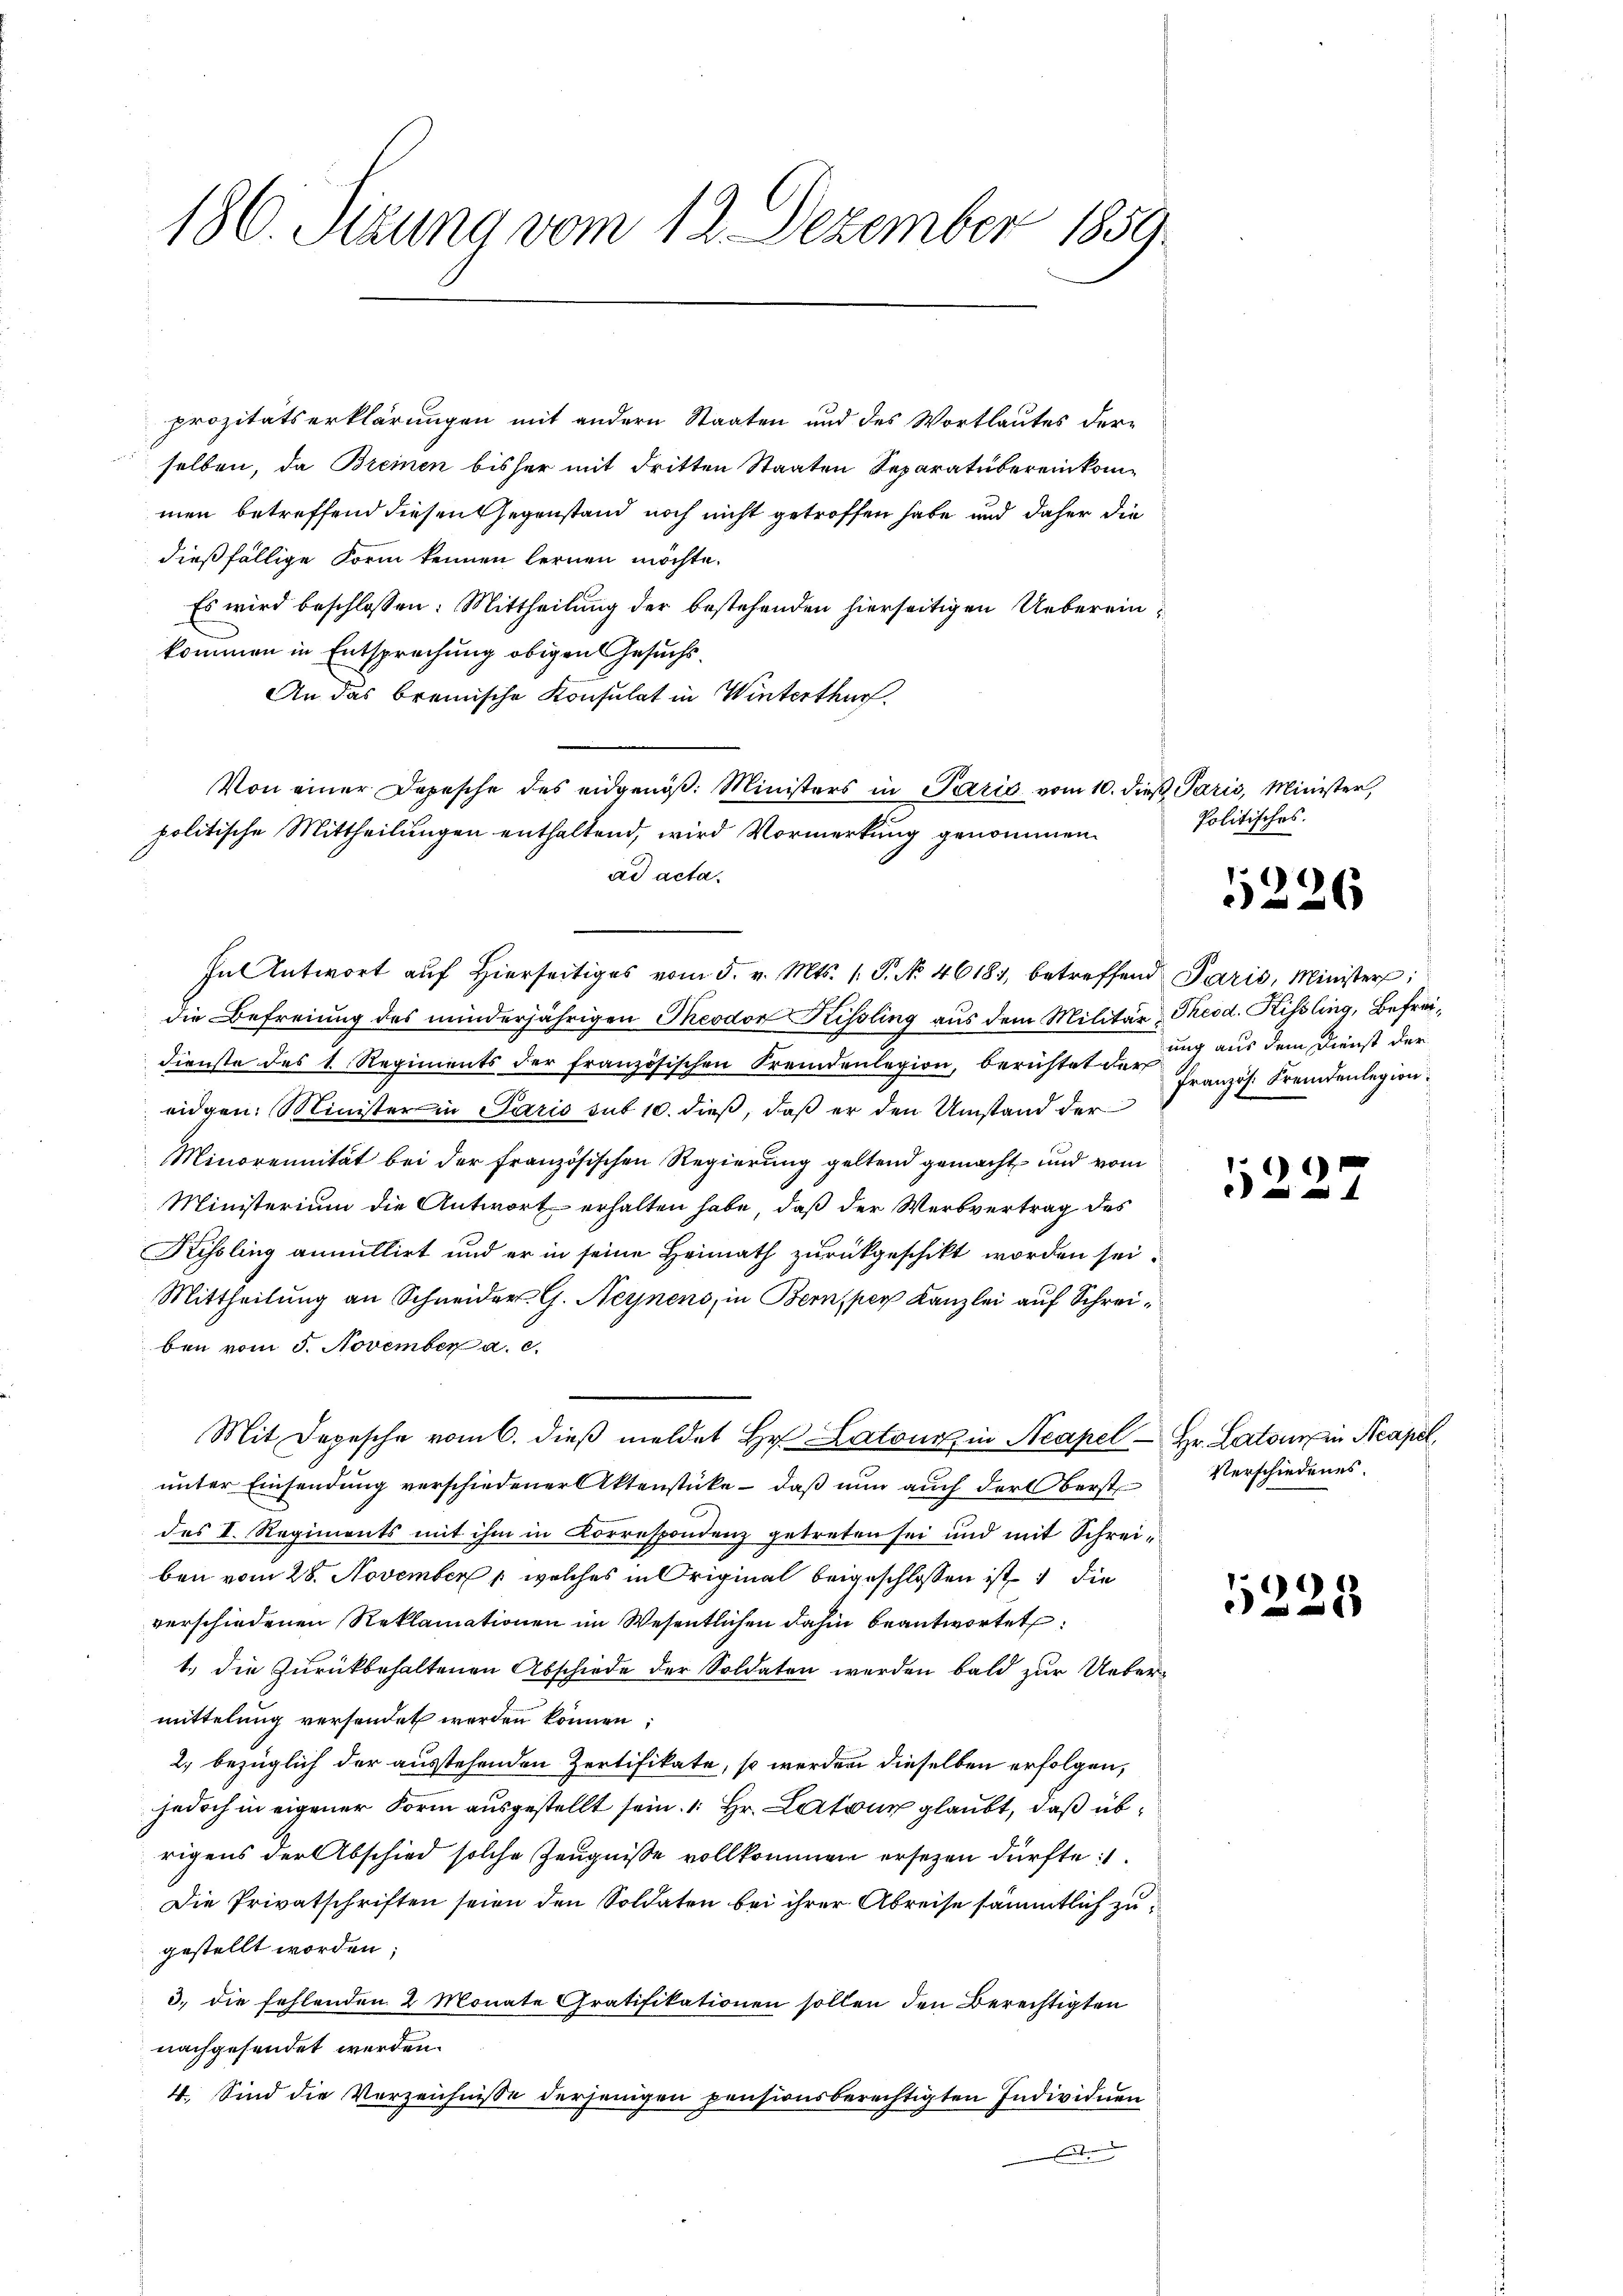
186. Sitzung vom 12. Dezember 1859.

prozitätserklärungen mit andern Staaten und des Wortlautes derselben, da Breinen bisher mit dritten Staaten Separatübereinkommen betreffend diesen Gegenstand noch nicht getroffen habe und daher die
dießfällige Form kennen lernen möchte.
Es wird beschlossen: Mittheilung der bestehenden hierseitigen Uebereinkommen in Entsprechung obigen Gesuchs¬
An das bremische Konsulat in Winterthur.
Von einer Depesche des eidgenöβ: Ministers in Paris vom 10. dieβ Paris, Minister,
politische Mittheilungen enthaltend, wird Vormerkung genommen.
ad acta.
hnl Antwort aŭf hierseitiges vom 5. v. Mts. (T. No. 46181, betreffend Paris, Minister:
die Befreiung des minderjährigen Theodor Kissling aus dem Militär, Theod. Kissling, Befreidienste des 1. Regiments der französischen Fremdenlegion, berichtete auch aus dem Dienst der
eidgen. Minister in Paris sub 10. dieß, daß er den Umstand der
Minorennität bei der französischen Regierung geltend gemacht und vom
Ministerium die Antwort erhalten habe, daß der Werbvertrag des
Kissling anmittirt und er in seine Heimath zurückgeschikt worden sei.
Mittheilung an Schneider G. Neynens, in Bern, per Kanzlei auf Schreiben vom 5. November a. c.
Mit Depesche vom 6. dieβ meldet Hr. Latour in Neapel - Hr. Latone in Neapel
unter Einsendung verschiedener Aktenstücke – daß nun auch der Oberst
des I. Regiments mit ihm in Korrespondenz getreten sei und mit Schreiben vom 28. November 1 welches in Original beigeschlossen ist die
verschiedenen Reklamationen im Wesentlichen dahin beantwortet
1.) die zurückbehaltenen Abschiede der Soldaten werden bald zur Uebermittelung versendet werden können;
2. bezüglich der ausstehenden Zertifikate, so werden dieselben erfolgen,
jedoch in eigener Form ausgestellt sein. 1. Hr. La glaubt, daß übrigens der Abschied solche Zeugnisse vollkommen ersezen dürfte:
Die Privatschriften seien den Soldaten bei ihrer Abreise sämmtlich zu
gestellt worden;
3., die fehlenden 2 Monate Gratifikationen sollen den Berechtigten
nachgesendet werden.
4. Sind die Verzeichnisse derjenigen pensionsberechtigten Individuen
.

Politisches.

5226

Französ. Fremdenlegion.

)

Verschiedenes.

5228